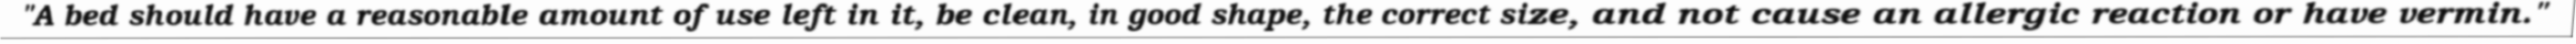
"A bed should have a reasonable amount of use left in it, be clean, in good shape, the correct size, and not cause an allergic reaction or have vermin."